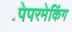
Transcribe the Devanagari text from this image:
पेपरमेकिंग